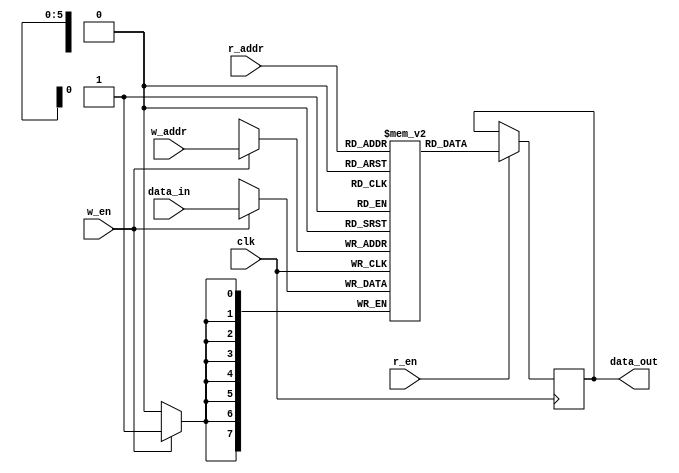
`timescale 1ns/1ps

module dp_ram
  #( 
     parameter DATA_W = 8,
     parameter ADDR_W = 6,
     parameter USE_RAM = 1
     ) 
   (
    input                   clk,

    //write port
    input                   w_en,
    input [ADDR_W-1:0]      w_addr,
    input [DATA_W-1:0]      data_in,

    //read port
    input                   r_en,
    input [ADDR_W-1:0]      r_addr,
    output reg [DATA_W-1:0] data_out
    );

   //memory declaration
   reg [DATA_W-1:0]         mem [2**ADDR_W-1:0];

   //write
   always@(posedge clk)
     if(w_en)
       mem[w_addr] <= data_in;

   //read mode depends on mem implementation, as ram or reg
   generate
      if(USE_RAM)
        always@(posedge clk)  begin
           if(r_en)
             data_out <= mem[r_addr];
        end
      else //use reg file
        always@* data_out = mem[r_addr];
   endgenerate

endmodule